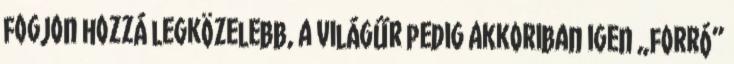
fogjon hozzá legközelebb, a világűr pedig akkoriban igen „forró”